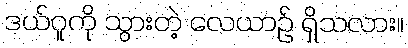
ဒယ်ဂူကို သွားတဲ့ လေယာဉ် ရှိသလား။